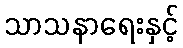
သာသနာရေးနှင့်